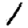
Digit: 1